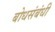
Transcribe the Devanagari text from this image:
बोधसंबंधी